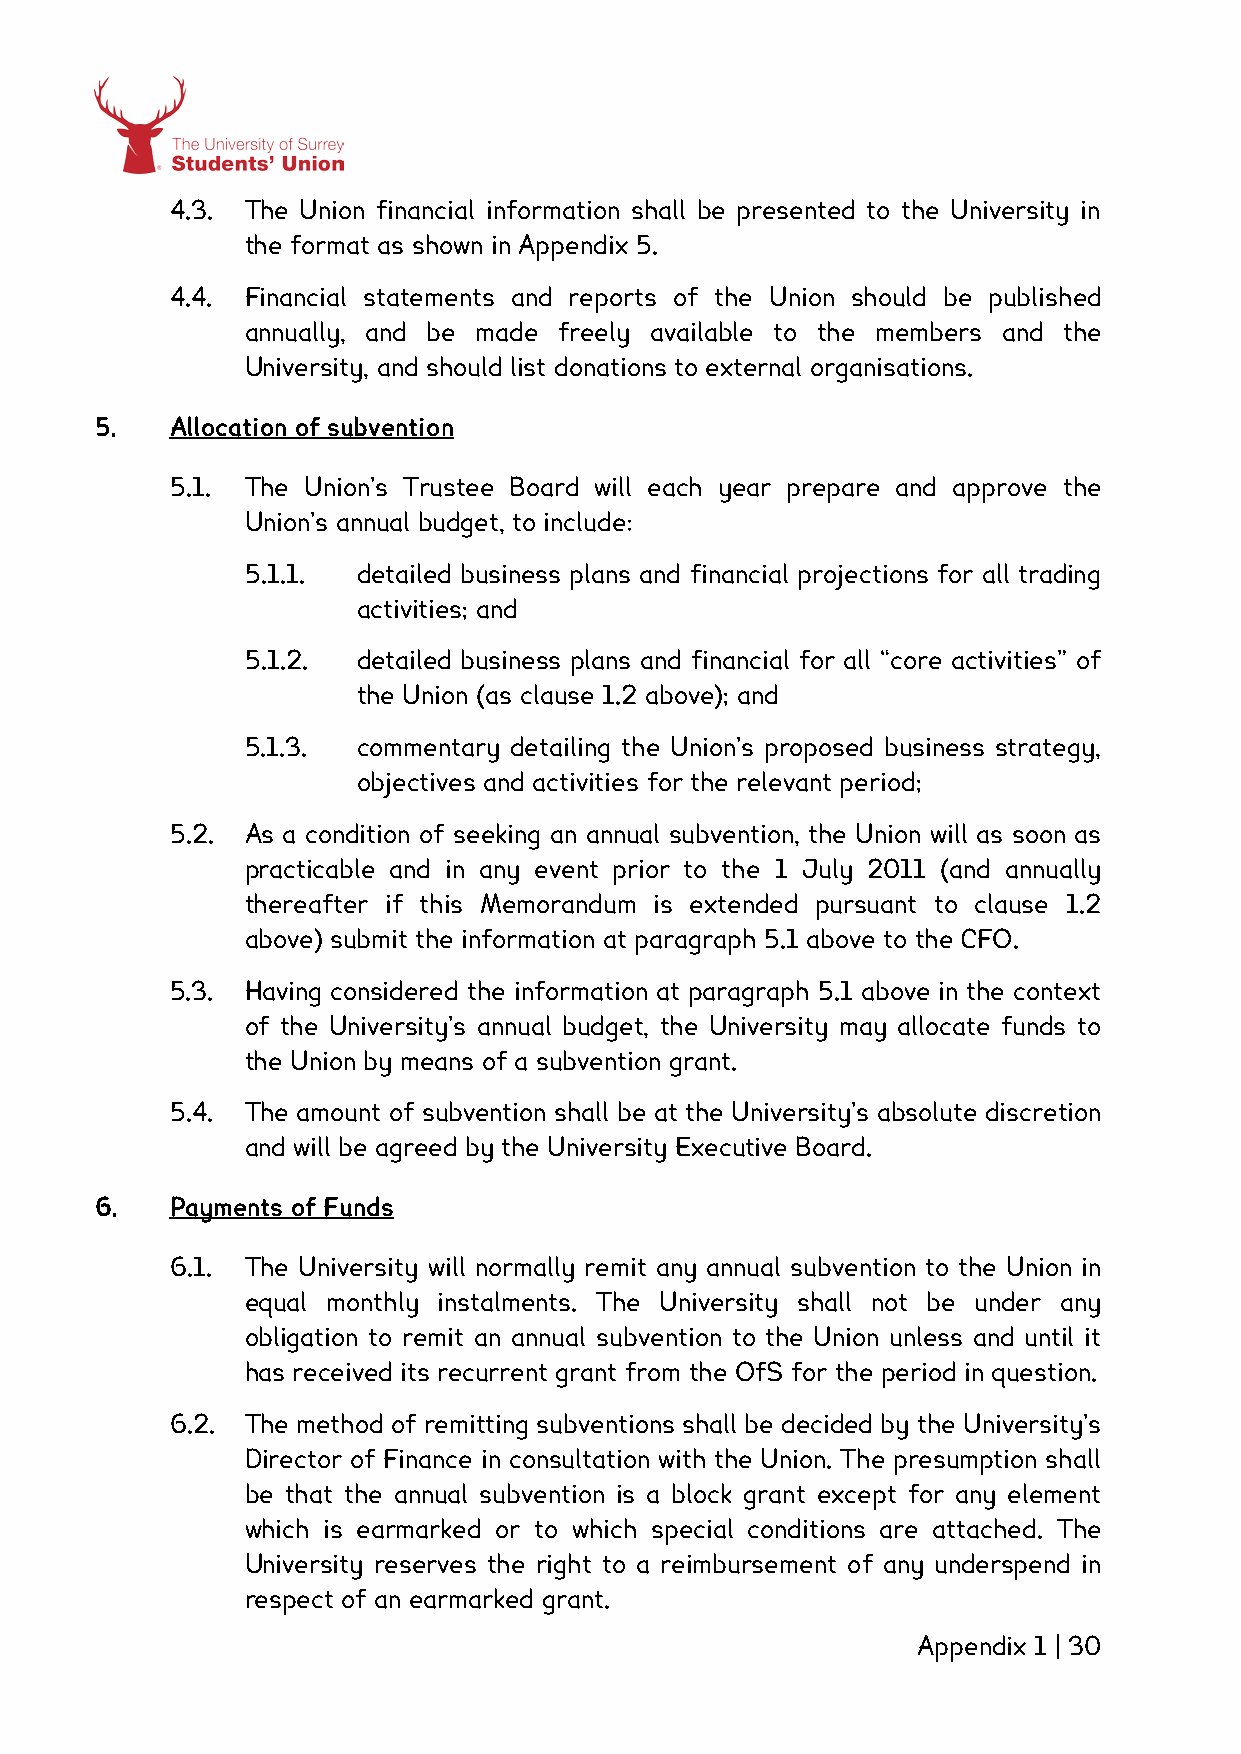
4.3. The Union financial information shall be presented to the University in
 the format as shown in Appendix 5.
 4.4. Financial statements and reports of the Union should be published
 annually, and be made freely available to the members and the
 University, and should list donations to external organisations.
 5.   Allocation of subvention
 5.1. The Union’s Trustee Board will each year prepare and approve the
 Union’s annual budget, to include:
 5.1.1.  detailed business plans and financial projections for all trading
 activities; and
 5.1.2.  detailed business plans and financial for all “core activities” of
 the Union (as clause 1.2 above); and
 5.1.3.  commentary detailing the Union’s proposed business strategy,
 objectives and activities for the relevant period;
 5.2. As a condition of seeking an annual subvention, the Union will as soon as
 practicable and in any event prior to the 1 July 2011 (and annually
 thereafter if this Memorandum is extended pursuant to clause 1.2
 above) submit the information at paragraph 5.1 above to the CFO.
 5.3. Having considered the information at paragraph 5.1 above in the context
 of the University’s annual budget, the University may allocate funds to
 the Union by means of a subvention grant.
 5.4. The amount of subvention shall be at the University’s absolute discretion
 and will be agreed by the University Executive Board.
 6.   Payments of Funds
 6.1. The University will normally remit any annual subvention to the Union in
 equal monthly instalments. The University shall not be under any
 obligation to remit an annual subvention to the Union unless and until it
 has received its recurrent grant from the OfS for the period in question.
 6.2. The method of remitting subventions shall be decided by the University’s
 Director of Finance in consultation with the Union. The presumption shall
 be that the annual subvention is a block grant except for any element
 which is earmarked or to which special conditions are attached. The
 University reserves the right to a reimbursement of any underspend in
 respect of an earmarked grant.
 Appendix 1 | 30